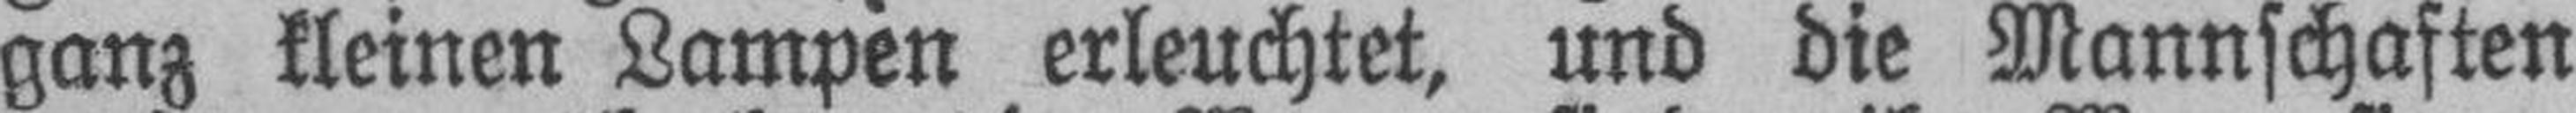
ganz kleinen Lampen erleuchtet, und die Mannschaften